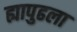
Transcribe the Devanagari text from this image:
ह्यापुढला